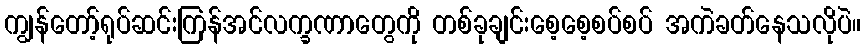
ကျွန်တော့်ရုပ်ဆင်းကြန်အင်လက္ခဏာတွေကို တစ်ခုချင်းစေ့စေ့စပ်စပ် အကဲခတ်နေသလိုပဲ။